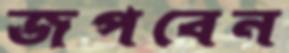
জপবেন